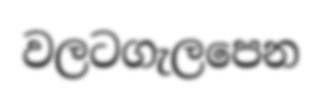
වලටගැලපෙන